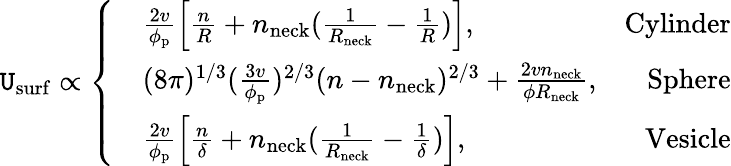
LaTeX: \mathtt{U}_{\mathrm{{surf}}}\propto\left\{ \begin{array}{rlr}&{\frac{2v}{\phi_{\mathrm{p}}}\left[\frac{n}{R}+n_{\mathrm{neck}}(\frac{1}{R_{\mathrm{neck}}}-\frac{1}{R})\right],}&{\mathrm{Cylinder}}\\ &{(8\pi)^{1/3}(\frac{3v}{\phi_{\mathrm{p}}})^{2/3}(n-n_{\mathrm{neck}})^{2/3}+\frac{2vn_{\mathrm{neck}}}{\phi R_{\mathrm{neck}}},}&{\mathrm{Sphere}}\\ &{\frac{2v}{\phi_{\mathrm{p}}}\left[\frac{n}{\delta}+n_{\mathrm{neck}}(\frac{1}{R_{\mathrm{neck}}}-\frac{1}{\delta})\right],}&{\mathrm{Vesicle}}\end{array}\right.